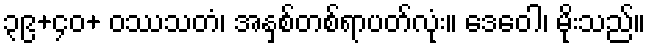
၃၉+၄၀+ ဝဿသတံ၊ အနှစ်တစ်ရာပတ်လုံး။ ဒေဝေါ၊ မိုးသည်။